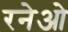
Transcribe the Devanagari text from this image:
रनेओ